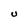
Character: U